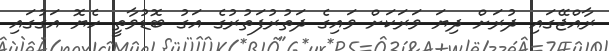
ރާއްޖޭގައި ދުރަށް ދިޔަ ވަރަކަށް ވައިގެ ދަތުރުފަތުރުގެ އަގު ބޮޑުވާތީ ހެޔޮ އަގުގައި